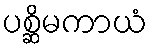
ပစ္ဆိမကာယံ